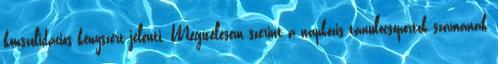
konszolidációs kényszert jelenti. Megítélésem szerint a napközis tanulócsoportok számának